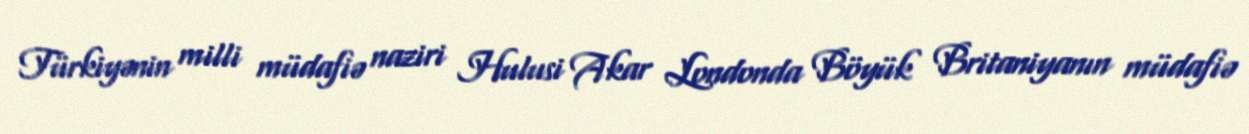
Türkiyənin milli müdafiə naziri Hulusi Akar Londonda Böyük Britaniyanın müdafiə